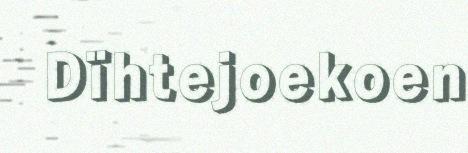
Dïhtejoekoen